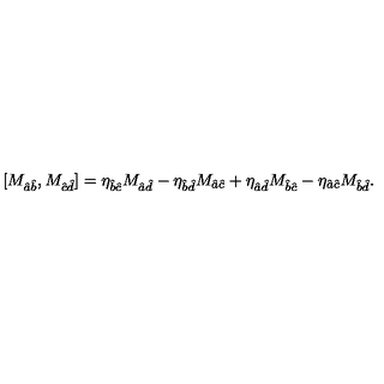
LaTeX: [ M _ { \hat { a } \hat { b } } , M _ { \hat { c } \hat { d } } ] = \eta _ { \hat { b } \hat { c } } M _ { \hat { a } \hat { d } } - \eta _ { \hat { b } \hat { d } } M _ { \hat { a } \hat { c } } + \eta _ { \hat { a } \hat { d } } M _ { \hat { b } \hat { c } } - \eta _ { \hat { a } \hat { c } } M _ { \hat { b } \hat { d } } .